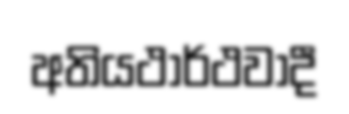
අතියථාර්ථවාදී